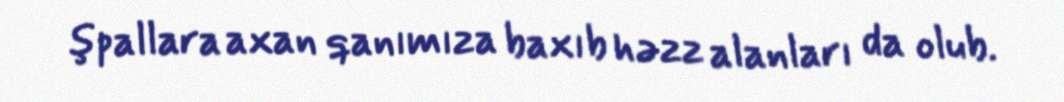
şpallara axan qanımıza baxıb həzz alanları da olub.